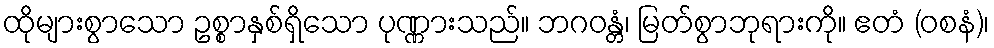
ထိုများစွာသော ဥစ္စာနှစ်ရှိသော ပုဏ္ဏားသည်။ ဘဂဝန္တံ၊ မြတ်စွာဘုရားကို။ ဧတံ (ဝစနံ)၊